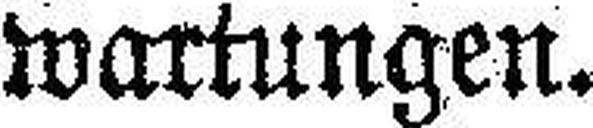
wartungen.